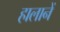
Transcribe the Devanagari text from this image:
हालानें